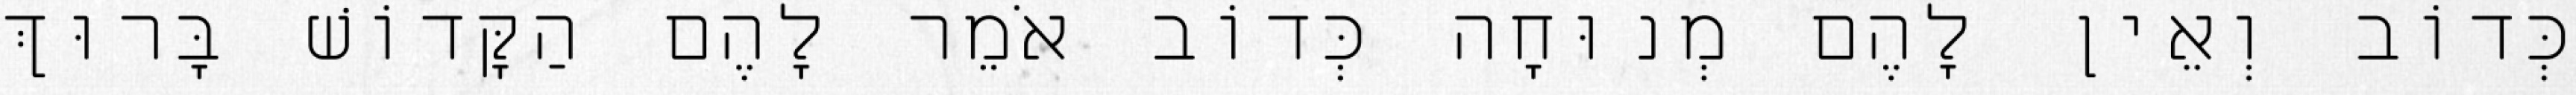
כְּדוֹב וְאֵין לָהֶם מְנוּחָה כְּדוֹב אֹמֵר לָהֶם הַקָּדוֹשׁ בָּרוּךְ